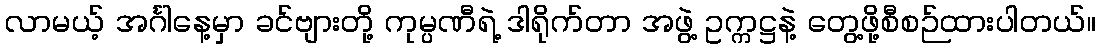
လာမယ့် အင်္ဂါနေ့မှာ ခင်ဗျားတို့ ကုမ္ပဏီရဲ့ ဒါရိုက်တာ အဖွဲ့ ဥက္ကဋ္ဌနဲ့ တွေ့ဖို့စီစဉ်ထားပါတယ်။